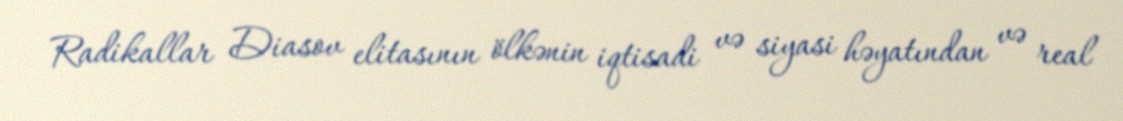
Radikallar Diasov elitasının ölkənin iqtisadi və siyasi həyatından və real